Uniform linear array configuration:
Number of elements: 48
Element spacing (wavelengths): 1
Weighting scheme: hann
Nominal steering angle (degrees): -30
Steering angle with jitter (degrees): -31.892
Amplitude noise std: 0.05
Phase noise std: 0.05

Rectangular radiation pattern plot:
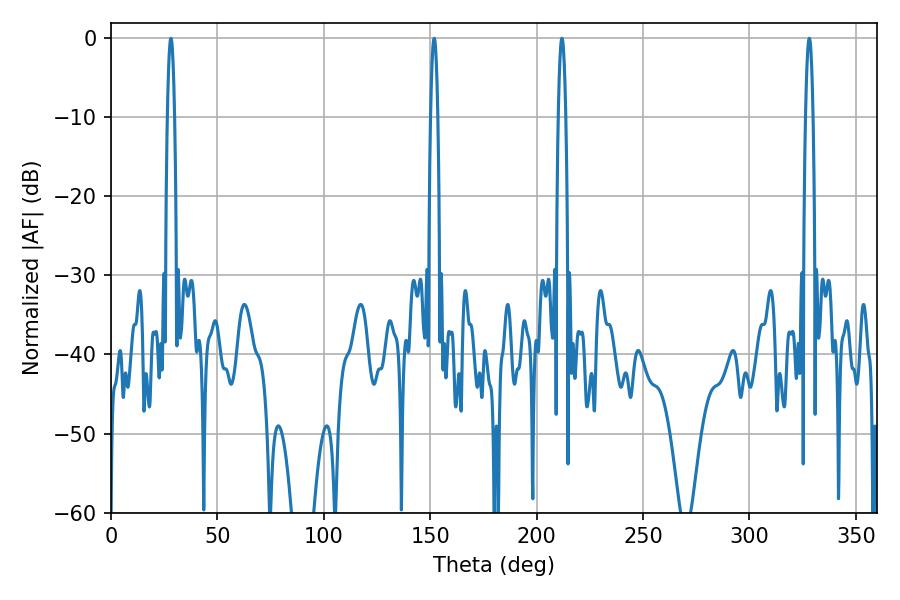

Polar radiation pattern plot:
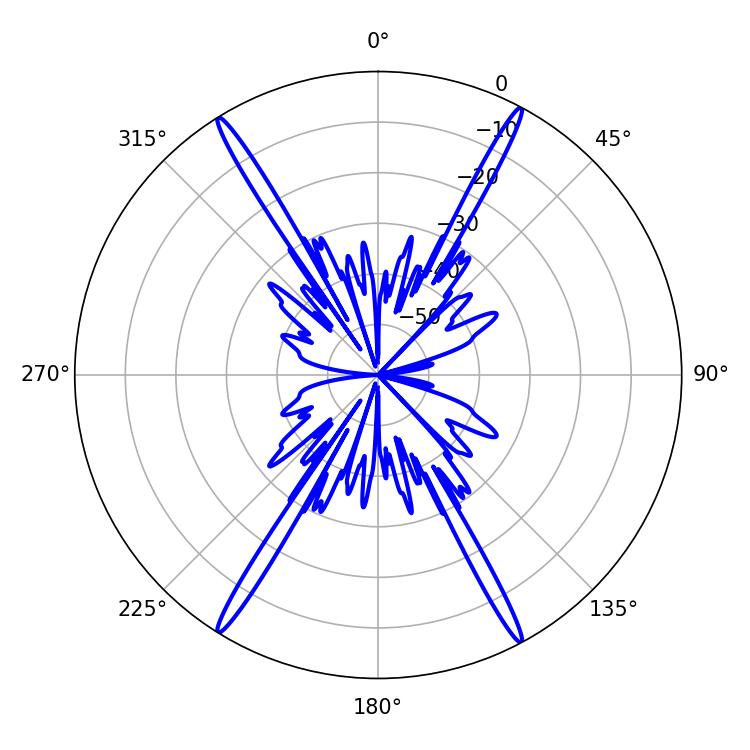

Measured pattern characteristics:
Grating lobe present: TRUE
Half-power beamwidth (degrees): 1.8
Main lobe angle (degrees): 328.14